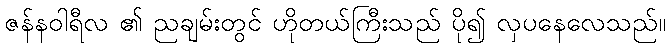
ဇန်နဝါရီလ ၏ ညချမ်းတွင် ဟိုတယ်ကြီးသည် ပို၍ လှပနေလေသည်။